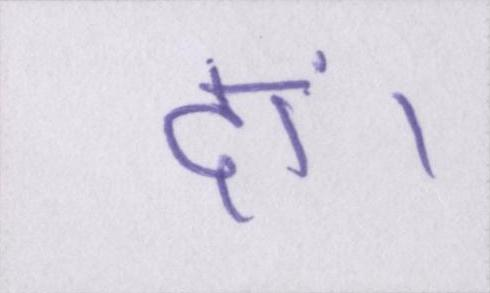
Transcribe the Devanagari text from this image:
दां।